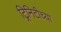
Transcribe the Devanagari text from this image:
ट्रिनिटीच्या